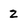
Character: 2